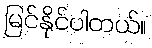
မြင်နိုင်ပါတယ်။